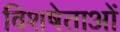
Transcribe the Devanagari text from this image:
विशषेताओं